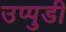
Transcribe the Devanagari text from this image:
उप्पुडी